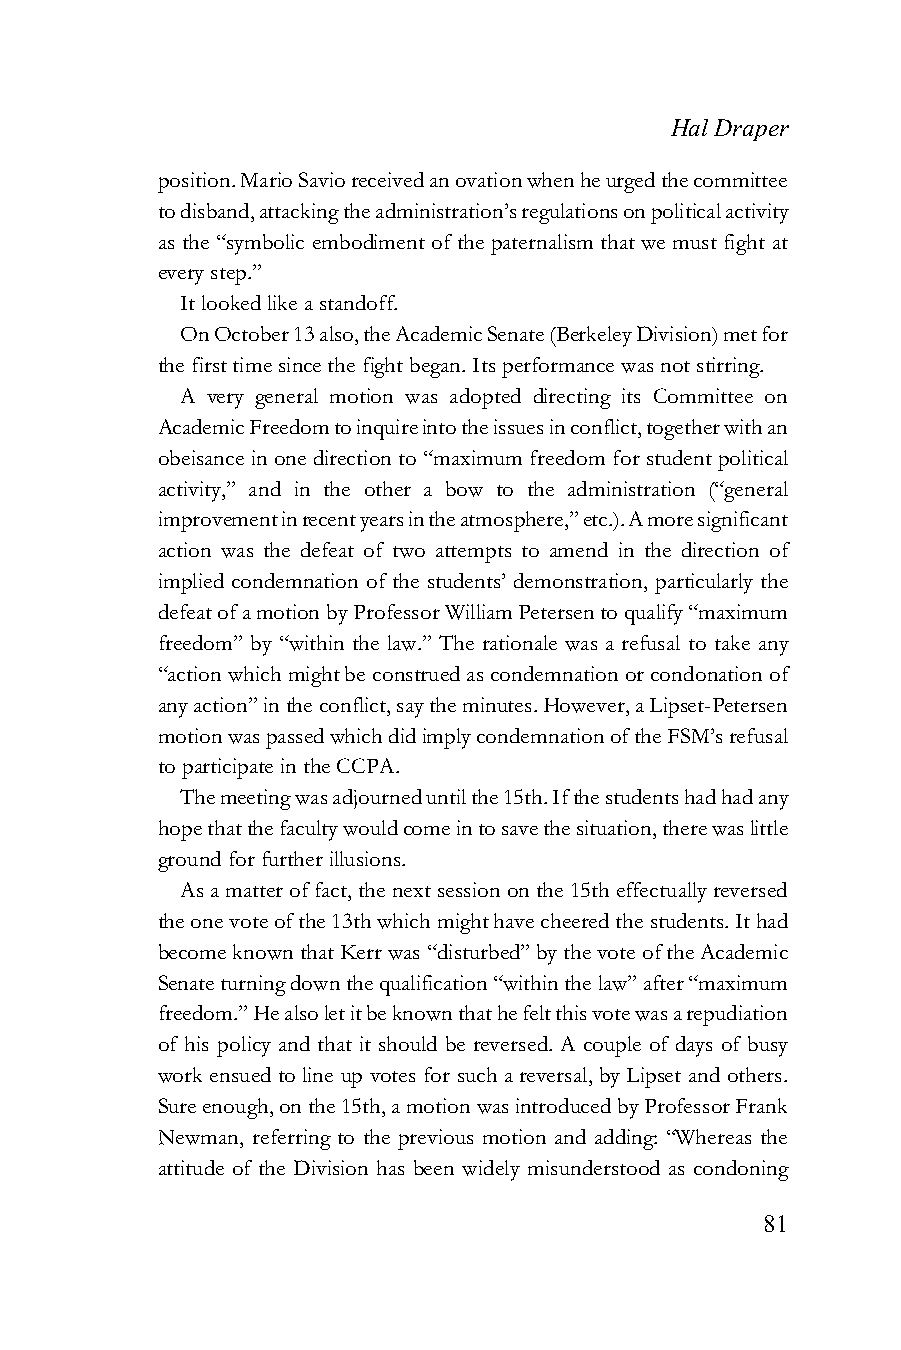
Hal Draper
 position. Mario Savio received an ovation when he urged the committee
 to disband, attacking the administration’s regulations on political activity
 as the “symbolic embodiment of the paternalism that we must fight at
 every step.”
 It looked like a standoff.
 On October 13 also, the Academic Senate (Berkeley Division) met for
 the first time since the fight began. Its performance was not stirring.
 A very general motion was adopted directing its Committee on
 Academic Freedom to inquire into the issues in conflict, together with an
 obeisance in one direction to “maximum freedom for student political
 activity,” and in the other a bow to the administration (“general
 improvement in recent years in the atmosphere,” etc.). A more significant
 action was the defeat of two attempts to amend in the direction of
 implied condemnation of the students’ demonstration, particularly the
 defeat of a motion by Professor William Petersen to qualify “maximum
 freedom” by “within the law.” The rationale was a refusal to take any
 “action which might be construed as condemnation or condonation of
 any action” in the conflict, say the minutes. However, a Lipset-Petersen
 motion was passed which did imply condemnation of the FSM’s refusal
 to participate in the CCPA.
 The meeting was adjourned until the 15th. If the students had had any
 hope that the faculty would come in to save the situation, there was little
 ground for further illusions.
 As a matter of fact, the next session on the 15th effectually reversed
 the one vote of the 13th which might have cheered the students. It had
 become known that Kerr was “disturbed” by the vote of the Academic
 Senate turning down the qualification “within the law” after “maximum
 freedom.” He also let it be known that he felt this vote was a repudiation
 of his policy and that it should be reversed. A couple of days of busy
 work ensued to line up votes for such a reversal, by Lipset and others.
 Sure enough, on the 15th, a motion was introduced by Professor Frank
 Newman, referring to the previous motion and adding: “Whereas the
 attitude of the Division has been widely misunderstood as condoning
 81